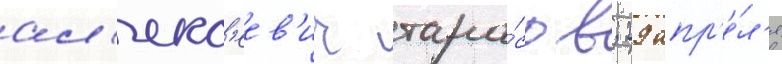
ал'екс'еев'ич тара́сов; 29 апр'е́л'я